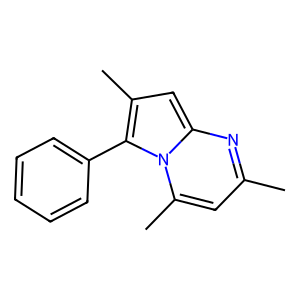
SMILES: Cc1cc(C)n2c(-c3ccccc3)c(C)cc2n1
Inhibits HIV replication: No